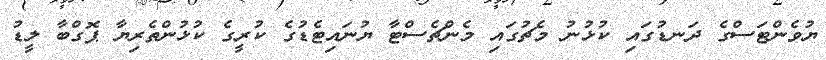
ޔުވެންޓަސްގެ ދަނޑުގައި ކުޅުނު މެޗުގައި މެންޗެސްޓާ ޔުނައިޓެޑުގެ ކުރީގެ ކުޅުންތެރިޔާ ޕޮގްބާ ލީޑު